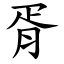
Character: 胥